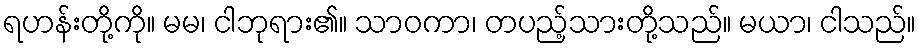
ရဟန်းတို့ကို။ မမ၊ ငါဘုရား၏။ သာဝကာ၊ တပည့်သားတို့သည်။ မယာ၊ ငါသည်။